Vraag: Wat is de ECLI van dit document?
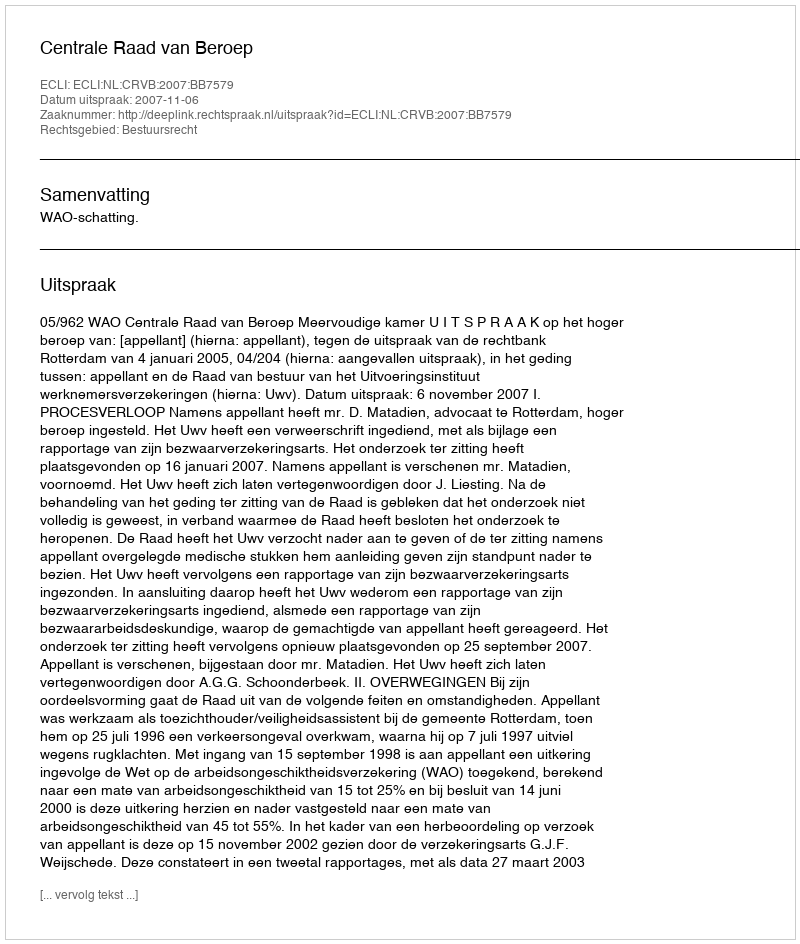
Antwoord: ECLI:NL:CRVB:2007:BB7579